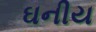
ઘનીય